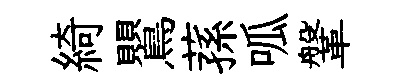
綺鸎蓀呱鞶